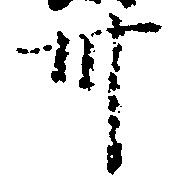
卅